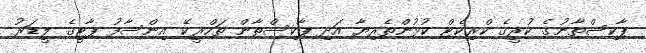
ޕާކިސްތާނުގެ ކުރީގެ ކްރިކެޓް ކުޅުންތެރިޔާ އަދި ޕާކިސްތާން ތަހްރީކޭ އިންސާފު ޕާޓީގެ ލީޑަރު